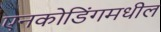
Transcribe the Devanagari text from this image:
एनकोडिंगमधील